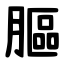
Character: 膒